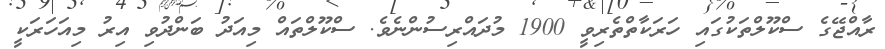
ރާއްޖޭގެ ސްކޫލްތަކުގައި ހަރަކާތްތެރިވީ 1900 މުދައްރިސުންނެވެ. ސްކޫލްތައް މިއަދު ބަންދުވި އިރު މިއަހަރަކީ